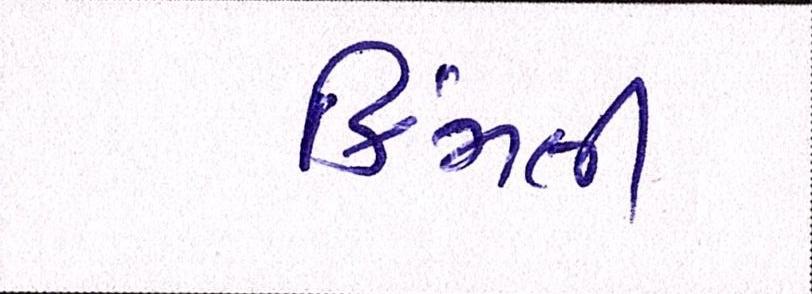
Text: કિમતી